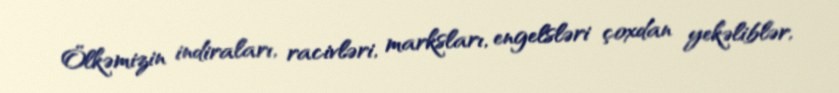
Ölkəmizin indiraları, racivləri, marksları, engelsləri çoxdan yekəliblər,